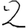
Digit: 2